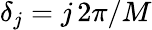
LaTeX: \delta_{j}=j\, 2\pi/M